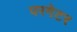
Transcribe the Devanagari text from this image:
परगेटर